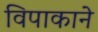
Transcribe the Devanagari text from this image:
विपाकाने